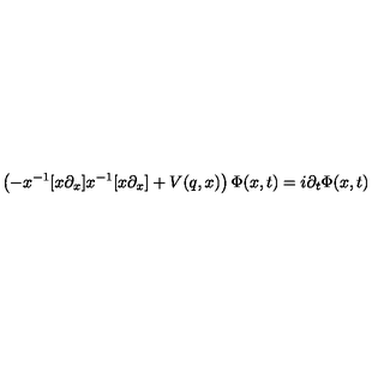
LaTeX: \left( - x ^ { - 1 } [ x \partial _ { x } ] x ^ { - 1 } [ x \partial _ { x } ] + V ( q , x ) \right) \Phi ( x , t ) = i \partial _ { t } \Phi ( x , t )